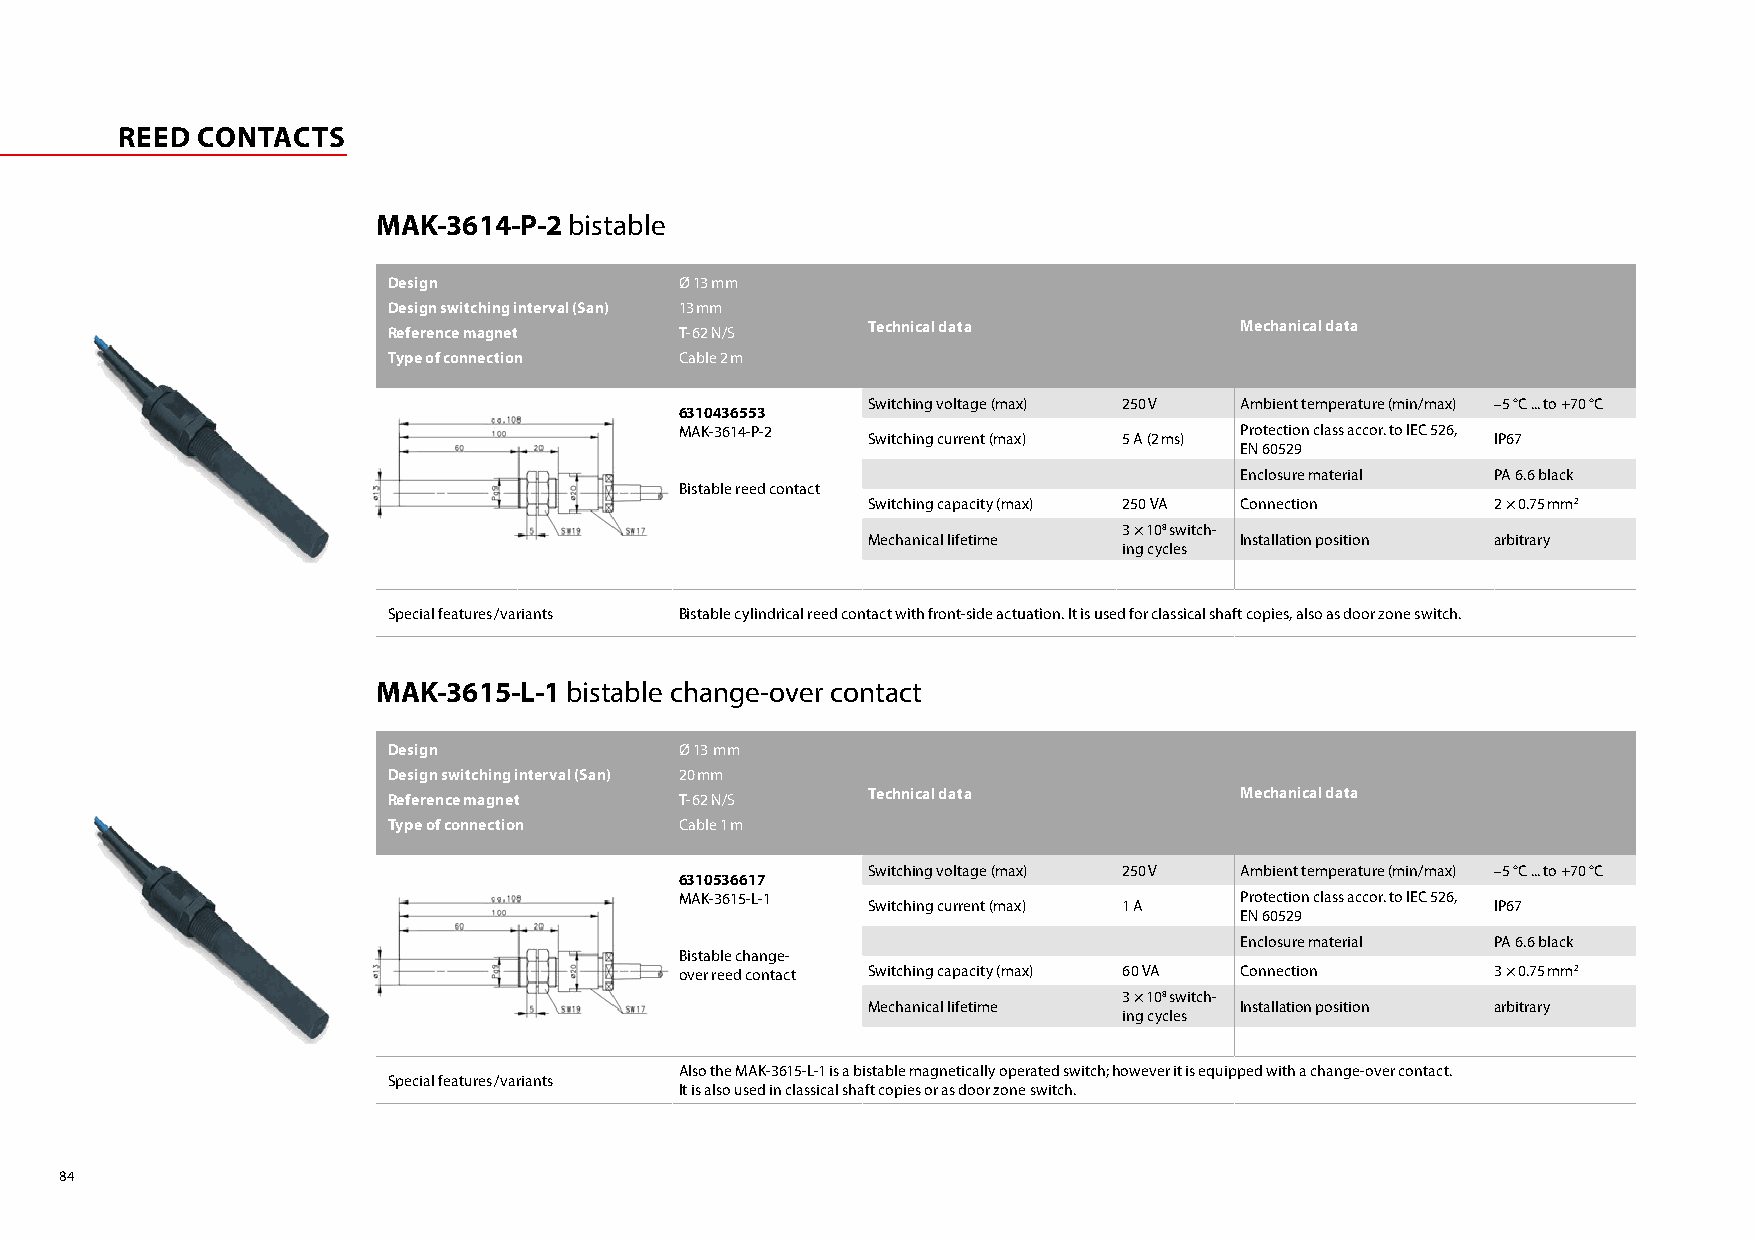
REED CONTACTS
 MAK-3614-P-2 bistable
 Design             Ø 13 mm
 Design switching interval (San) 13 mm
 Reference magnet   T-62 N/S    Technical data           Mechanical data
 Type of connection Cable 2 m
 Switching voltage (max) 250 V Ambient temperature (min/max) –5 °C ... to +70 °C
 6310436553
 MAK-3614-P-2                         Protection class accor. to IEC 526,
 Switching current (max) 5 A (2 ms)        IP67
 EN 60529
 Enclosure material PA 6.6 black
 Bistable reed contact
 Switching capacity (max) 250 VA Connection 2 × 0.75 mm2
 3 × 108 switch-
 Mechanical lifetime      Installation position arbitrary
 ing cycles
 Special features/ variants Bistable cylindrical reed contact with front-side actuation. It is used for classical shaft copies, also as door zone switch.
 MAK-3615-L-1 bistable change-over contact
 Design             Ø 13 mm
 Design switching interval (San) 20 mm
 Reference magnet   T-62 N/S    Technical data           Mechanical data
 Type of connection Cable 1 m
 Switching voltage (max) 250 V Ambient temperature (min/max) –5 °C ... to +70 °C
 6310536617
 MAK-3615-L-1                         Protection class accor. to IEC 526,
 Switching current (max) 1 A               IP67
 EN 60529
 Enclosure material PA 6.6 black
 Bistable change-
 over reed contact Switching capacity (max) 60 VA Connection 3 × 0.75 mm2
 3 × 108 switch-
 Mechanical lifetime      Installation position arbitrary
 ing cycles
 Also the MAK-3615-L-1 is a bistable magnetically operated switch; however it is equipped with a change-over contact.
 Special features/ variants
 It is also used in classical shaft copies or as door zone switch.
 84